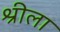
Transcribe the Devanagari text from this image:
श्रीला